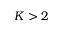
K > 2